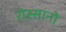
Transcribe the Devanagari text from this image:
रोस्सानो